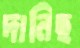
দানিছ